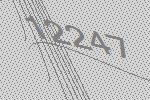
12247